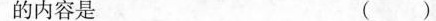
内容是 ( )